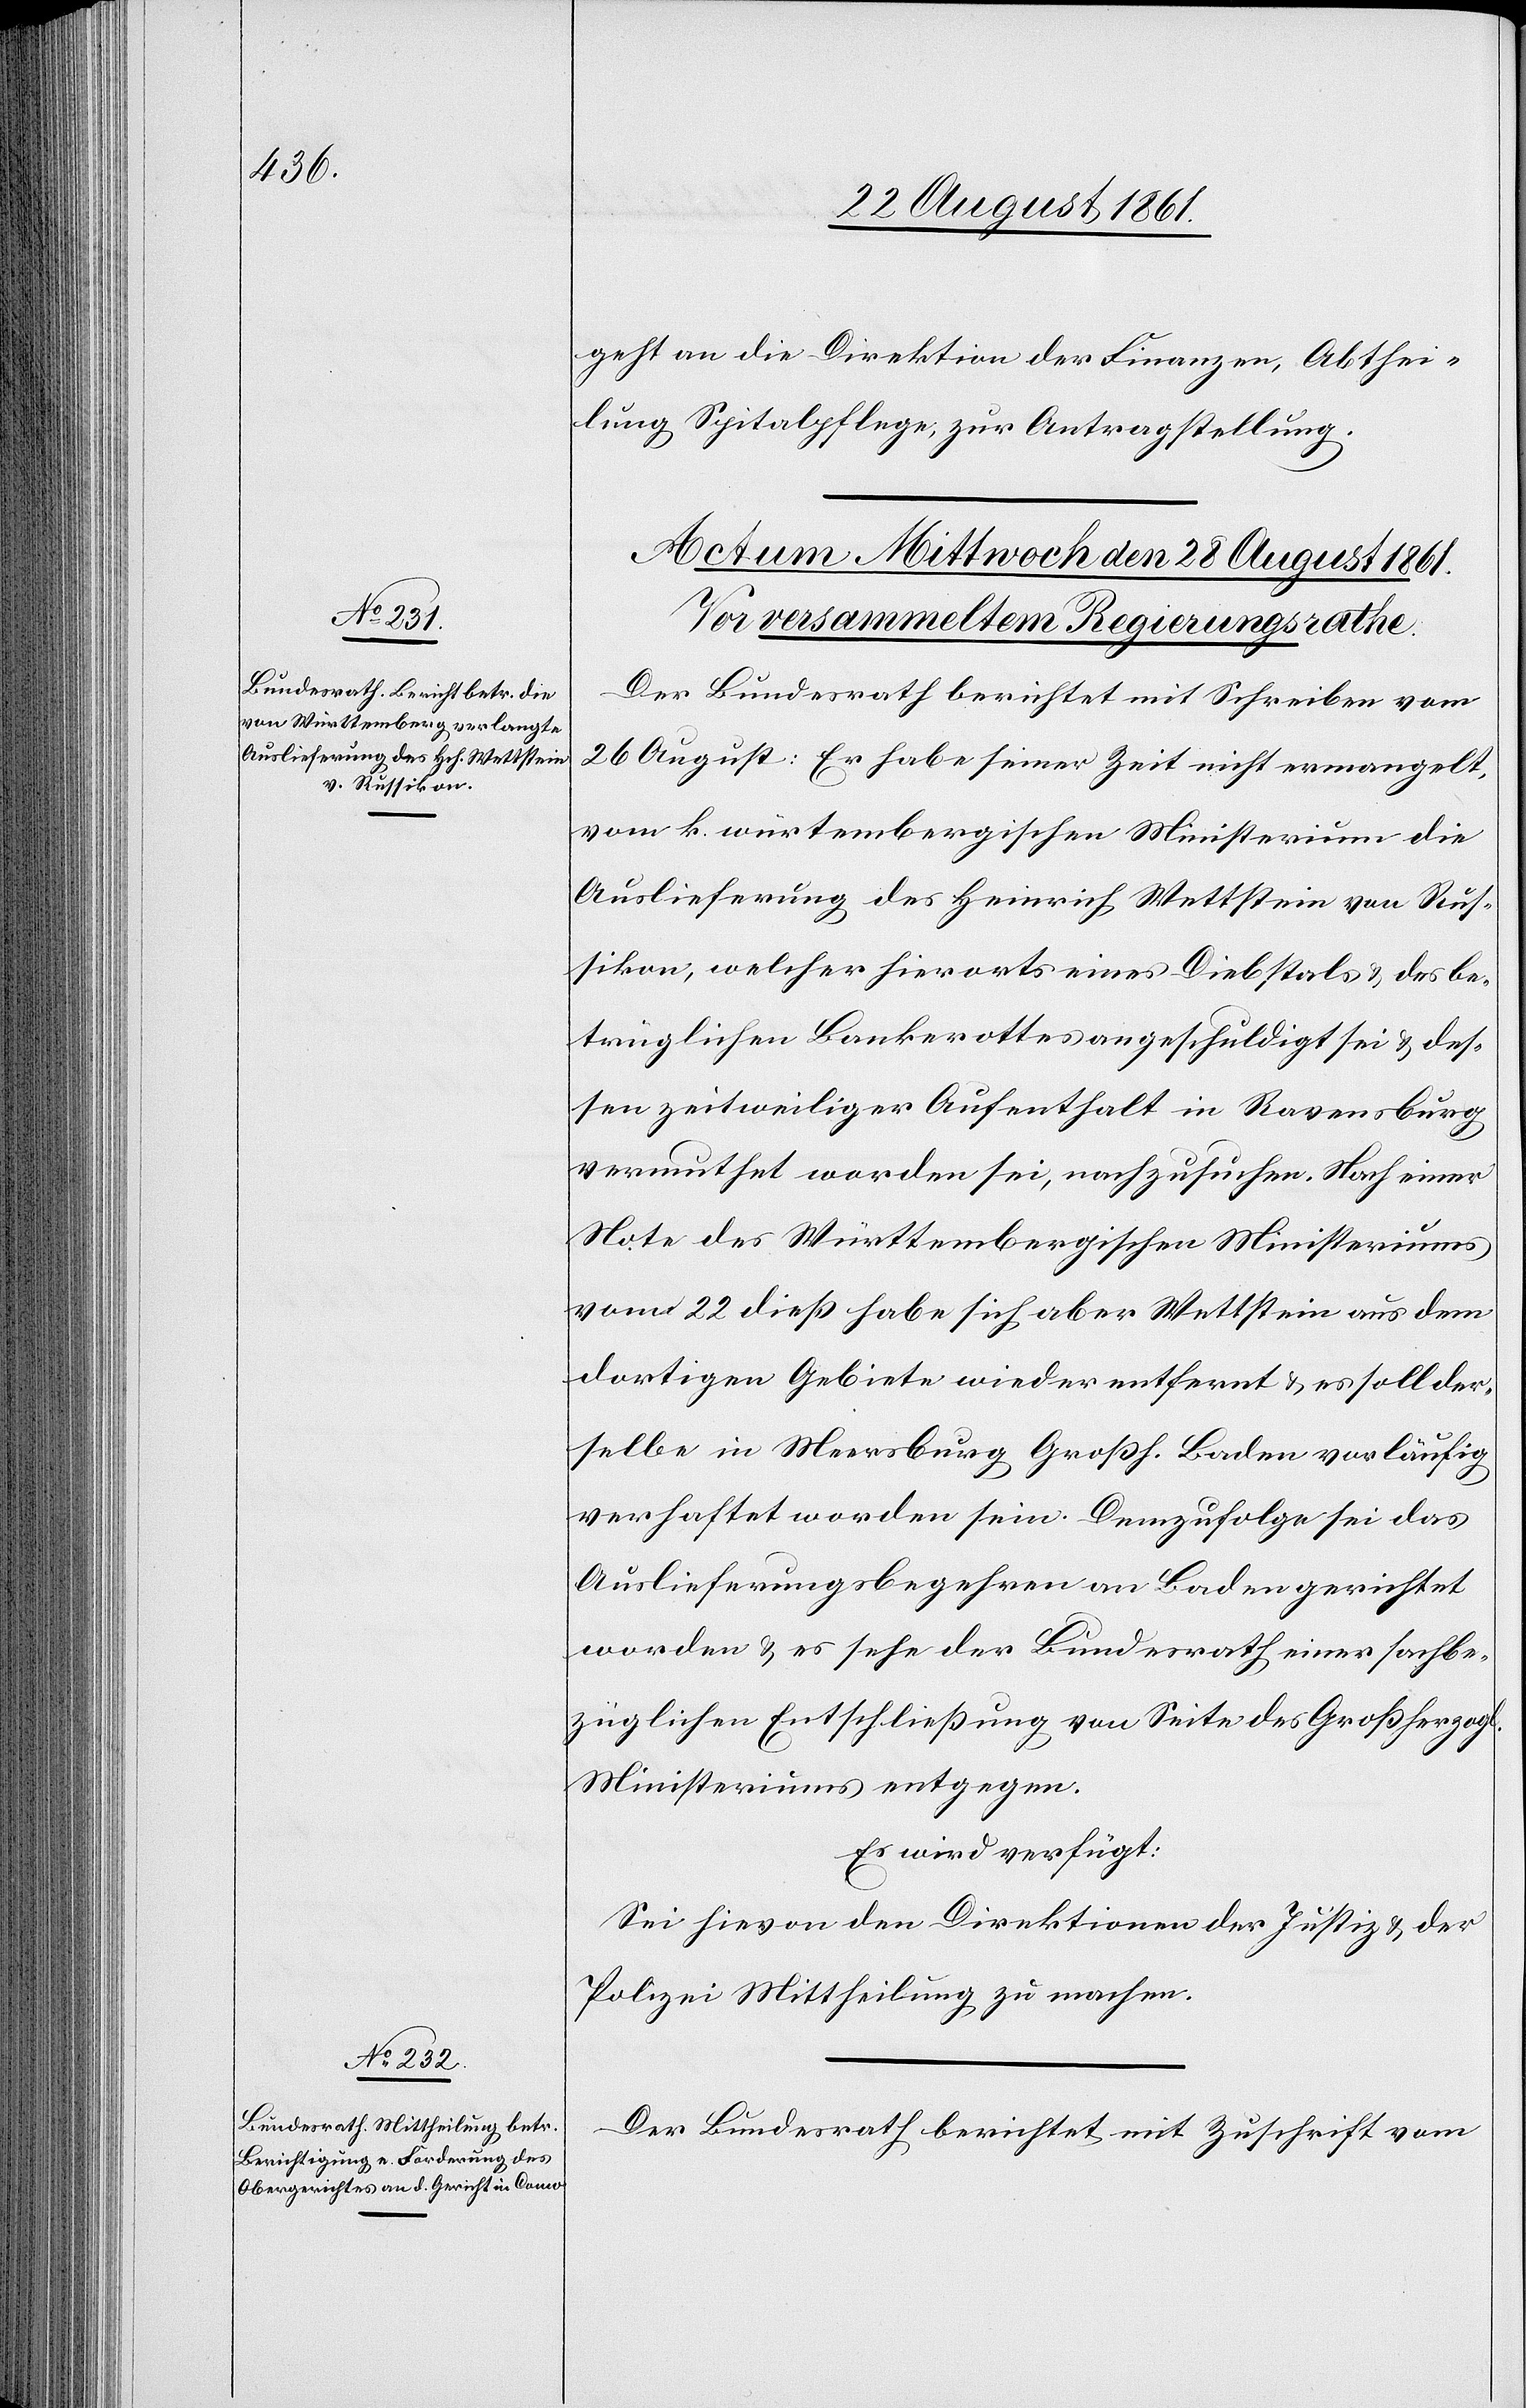
geht an die Direktion der Finanzen, Abthei¬
lung Spitalpflege, zur Antragstellung.
Der Bundesrath berichtet mit Schreiben vom
26 August: Er habe seiner Zeit nicht ermangelt,
vom k. würtembergischen Ministerium die
Auslieferung des Heinrich Wettstein von Rus¬
sikon, welcher hierorts eines Diebstals u. des be¬
trüglichen Bankrottes angeschuldigt sei u. des¬
sen zeitweiliger Aufenthalt in Ravensburg
vermuthet worden sei, nachzusuchen. Nach einer
Note des Württembergischen Ministeriums
vom 22 dieß habe sich aber Wettstein aus dem
dortigen Gebiete wieder entfernt u. es soll der¬
selbe in Meersburg Großh. Baden vorläufig
verhaftet worden sein. Demzufolge sei das
Auslieferungsbegehren an Baden gerichtet
worden u. es sehe der Bundesrath einer sachbe¬
züglichen Entschließung von Seite des Großherzogl.
Ministeriums entgegen.
Es wird verfügt:
Sei hievon der Direktion der Justiz u. der
Polizei Mittheilung zu machen.
Der Bundesrath berichtet mit Zuschrift vom